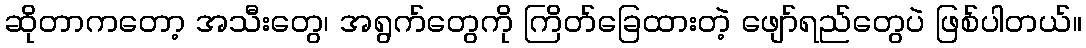
ဆိုတာကတော့ အသီးတွေ၊ အရွက်တွေကို ကြိတ်ခြေထားတဲ့ ဖျော်ရည်တွေပဲ ဖြစ်ပါတယ်။